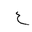
Letter: _ayn